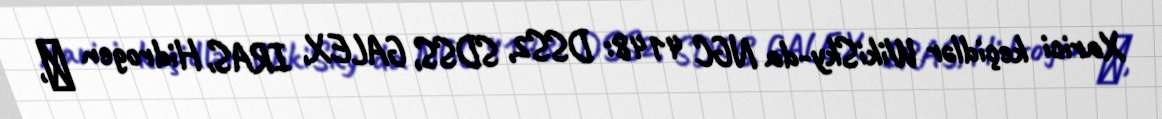
Xarici keçidlər WikiSky-da NGC 4148: DSS2, SDSS, GALEX, IRAS, Hidrogen α,